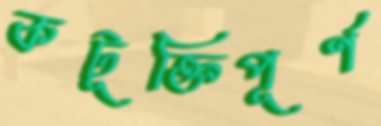
কটূক্তিপূর্ণ